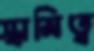
স্বামিত্ব